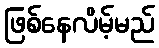
ဖြစ်နေလိမ့်မည်